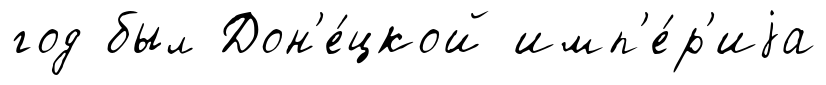
год был Дон'е́цкой имп'е́р'иjа